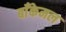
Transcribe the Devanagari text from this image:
बाँकेमल